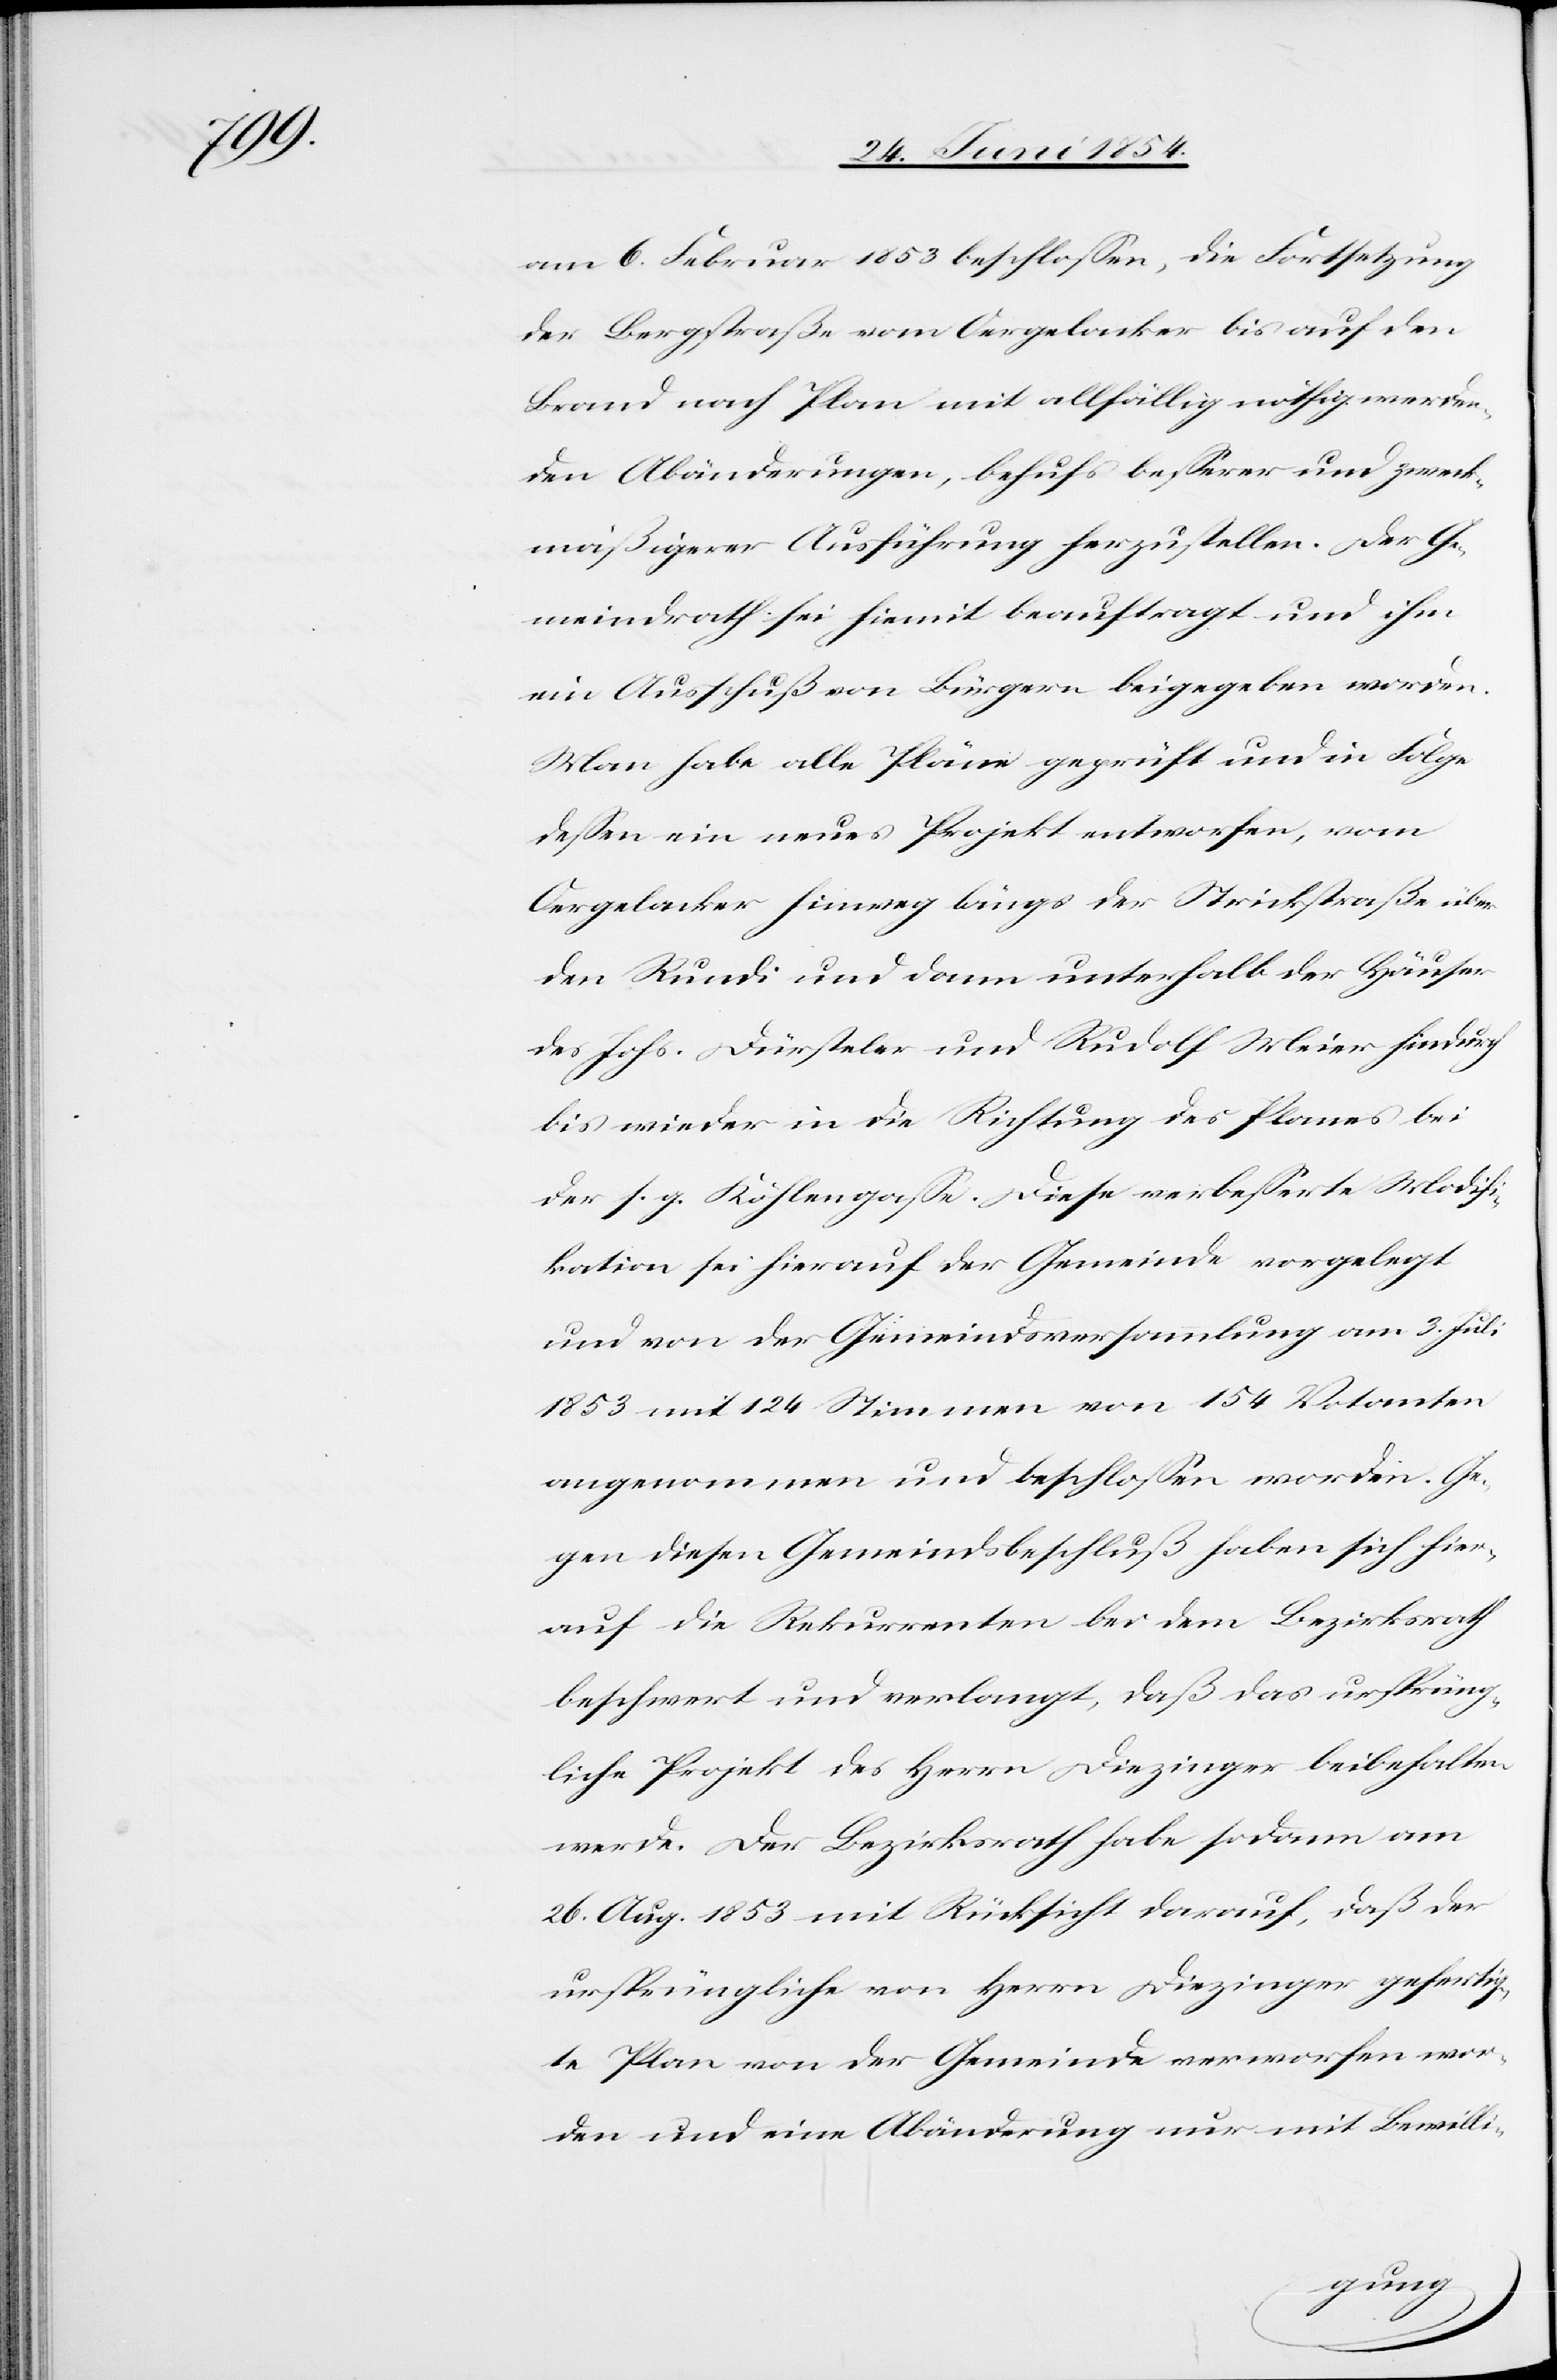
am 6. Februar 1853 beschloßen, die Fortsetzung
der Bergstraße vom Oergelacker bis auf den
Brand nach Plan mit allfällig nöthig werden¬
den Abänderungen, behufs beßerer und zweck¬
mäßigere Ausführung herzustellen. Der Ge¬
meindrath sei hiemit beauftragt und ihm
ein Ausschuß von Bürger beigegeben worden.
Man habe alle Pläne geprüft und in Folge
deßen ein neues Projekt entworfen, vom
Oergelacker hinweg längs der Strickstraße über
den Rundi und dann unterhalb der Häuser
des Johs. Dürsteler und Rudolf Meier hindurch
bis wieder in die Richtung des Planes bei
der s. g. Köhlengaße. Diese verbeßerte Modifi¬
kation sei hierauf der Gemeinde vorgelegt
und von der Gemeindsversammlung am 3. Juli
1853 mit 124 Stimmen von 154 Votanten
angenommen und beschloßen worden. Ge¬
gen diesen Gemeindsbeschluß haben sich hier¬
auf die Rekurrenten bei dem Bezirksrath
beschwert und verlangt, daß das ursprüng¬
liche Projekt des Herrn Diezinger beibehalten
werde. Der Bezirksrath habe sodann am
26. Aug. 1853 mit Rücksicht darauf, daß der
ursprünglich von Herrn Diezinger gefertig¬
te Plan von der Gemeinde verworfen wor¬
den und eine Abänderung nur mit Bewilli-